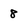
Character: 8